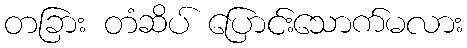
တခြား တံဆိပ် ပြောင်းသောက်မလား